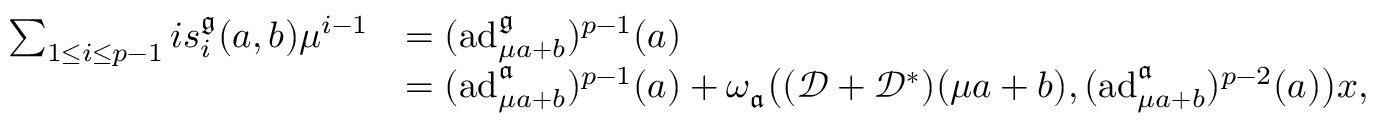
\begin{array} { r l } { \sum _ { 1 \leq i \leq p - 1 } i s _ { i } ^ { \mathfrak { g } } ( a , b ) \mu ^ { i - 1 } } & { = ( \mathrm { a d } _ { \mu a + b } ^ { \mathfrak { g } } ) ^ { p - 1 } ( a ) } \\ & { = ( \mathrm { a d } _ { \mu a + b } ^ { \mathfrak { a } } ) ^ { p - 1 } ( a ) + \omega _ { \mathfrak { a } } \bigl ( ( { \mathscr D } + { \mathscr D } ^ { * } ) ( \mu a + b ) , ( \mathrm { a d } _ { \mu a + b } ^ { \mathfrak { a } } ) ^ { p - 2 } ( a ) \bigr ) x , } \end{array}